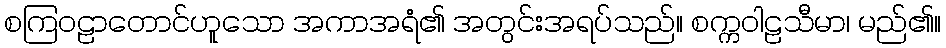
စကြဝဠာတောင်ဟူသော အကာအရံ၏ အတွင်းအရပ်သည်။ စက္ကဝါဠသီမာ၊ မည်၏။